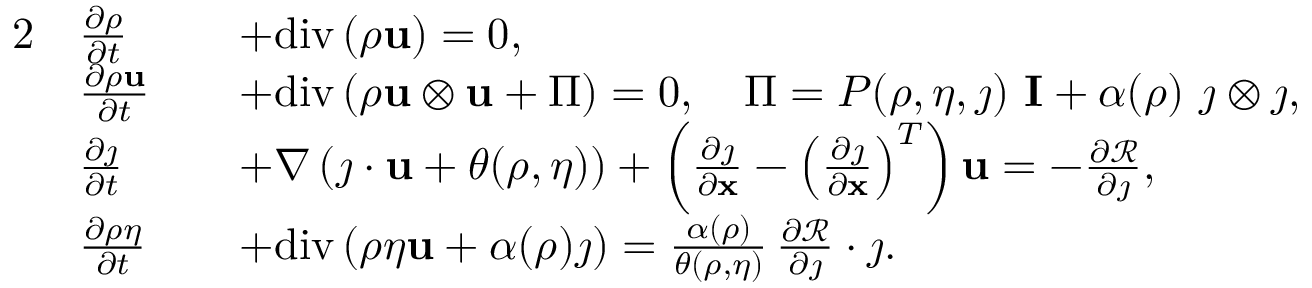
\begin{array} { r l r l } { { 2 } } & { \frac { \partial \rho } { \partial t } } & & { + \mathrm { d i v } \left( \rho \mathbf { u } \right) = 0 , } \\ & { \frac { \partial \rho \mathbf { u } } { \partial t } } & & { + \mathrm { d i v } \left( \rho \mathbf { u } \otimes \mathbf { u } + \Pi \right) = 0 , \quad \Pi = P ( \rho , \eta , \j ) \ \mathbf { I } + \alpha ( \rho ) \ \j \otimes \j , } \\ & { \frac { \partial \j } { \partial t } } & & { + \nabla \left( \j \cdot \mathbf { u } + \theta ( \rho , \eta ) \right) + \left( \frac { \partial \j } { \partial \mathbf { x } } - \left( \frac { \partial \j } { \partial \mathbf { x } } \right) ^ { T } \right) \mathbf { u } = - \frac { \partial \mathcal { R } } { \partial \j } , } \\ & { \frac { \partial \rho \eta } { \partial t } } & & { + \mathrm { d i v } \left( \rho \eta \mathbf { u } + \alpha ( \rho ) \j \right) = \frac { \alpha ( \rho ) } { \theta ( \rho , \eta ) } \, \frac { \partial \mathcal { R } } { \partial \j } \cdot \j . } \end{array}